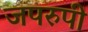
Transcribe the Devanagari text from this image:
जपरुपी